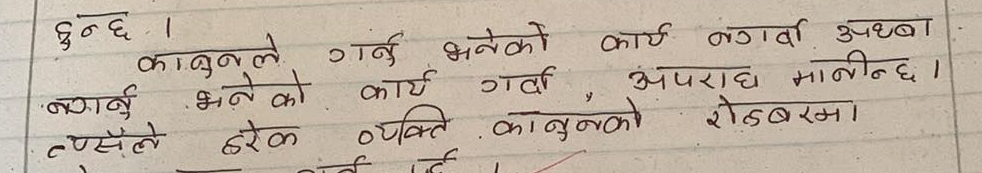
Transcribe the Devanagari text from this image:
६ हुन्छ ।
कानुनले गर्नु भनेको कार्य नगर्दा अथवा
नगर्नु भनेको कार्य गर्दा, अपराध मानिन्छ ।
त्यसैले हरेक व्यक्ति कानुनको रोहबरमा